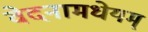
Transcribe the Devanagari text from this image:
वेदनामधेयम्